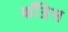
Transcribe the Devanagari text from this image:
कॉँंग्रेस